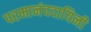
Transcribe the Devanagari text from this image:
परमानंददायिनी